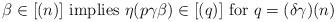
LaTeX: \begin{align*} \beta\in [(n)] \mbox{ implies } \eta (p \gamma \beta) \in [(q)] \mbox{ for } q=(\delta \gamma)(n)\end{align*}